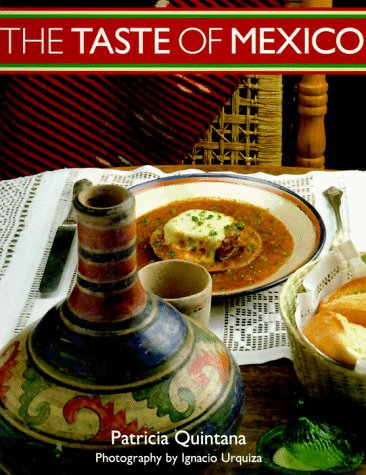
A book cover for Taste of Mexico; Patricia Quintana; Cookbooks, Food & Wine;